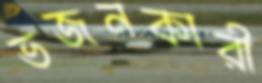
ভজনকারী